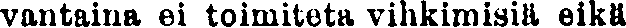
vantaina ei toimiteta vihkimisiä eikä